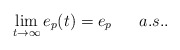
\begin{align*} \lim_{t \rightarrow \infty} e_p(t)=e_p \ \ \ \ \ a.s..\end{align*}